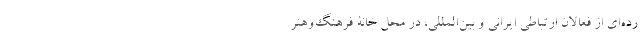
رده‌ای از فعالان ارتباطی ایرانی و بین‌المللی، در محل خانۀ فرهنگ‌وهنر